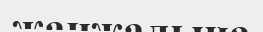
жанжалына